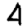
Digit: 4